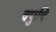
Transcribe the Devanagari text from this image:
वपुषि